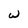
Character: w